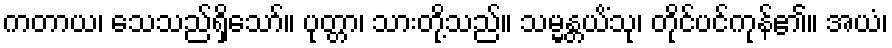
ကတာယ၊ သေသည်ရှိသော်။ ပုတ္တာ၊ သားတို့သည်။ သမ္မန္တယိံသု၊ တိုင်ပင်ကုန်၏။ အယံ၊